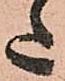
た